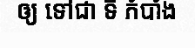
ឲ្យ ទៅជា ទី កំបាំង